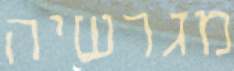
מגרשיה